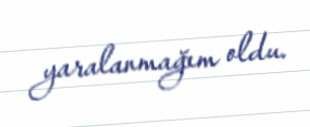
yaralanmağım oldu.